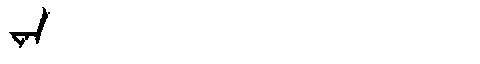
Manchu: ᠸᠠᠨ
Romanization: WAN